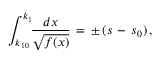
\int _ { k _ { 1 0 } } ^ { k _ { 1 } } \! \! \frac { d x } { \sqrt { f ( x ) } } \, = \, \pm \, ( s \, - \, s _ { 0 } ) \, { , }